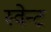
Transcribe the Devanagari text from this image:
स्वेन्ट